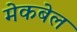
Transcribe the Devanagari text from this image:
मेकबेल